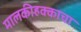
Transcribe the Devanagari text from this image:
मालकीहक्काचा